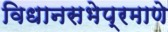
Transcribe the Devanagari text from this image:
विधानसभेप्रमाणे